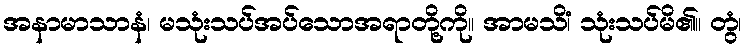
အနာမာသာနံ၊ မသုံးသပ်အပ်သောအရာတို့ကို။ အာမသိံ၊ သုံးသပ်မိ၏။ တွံ၊